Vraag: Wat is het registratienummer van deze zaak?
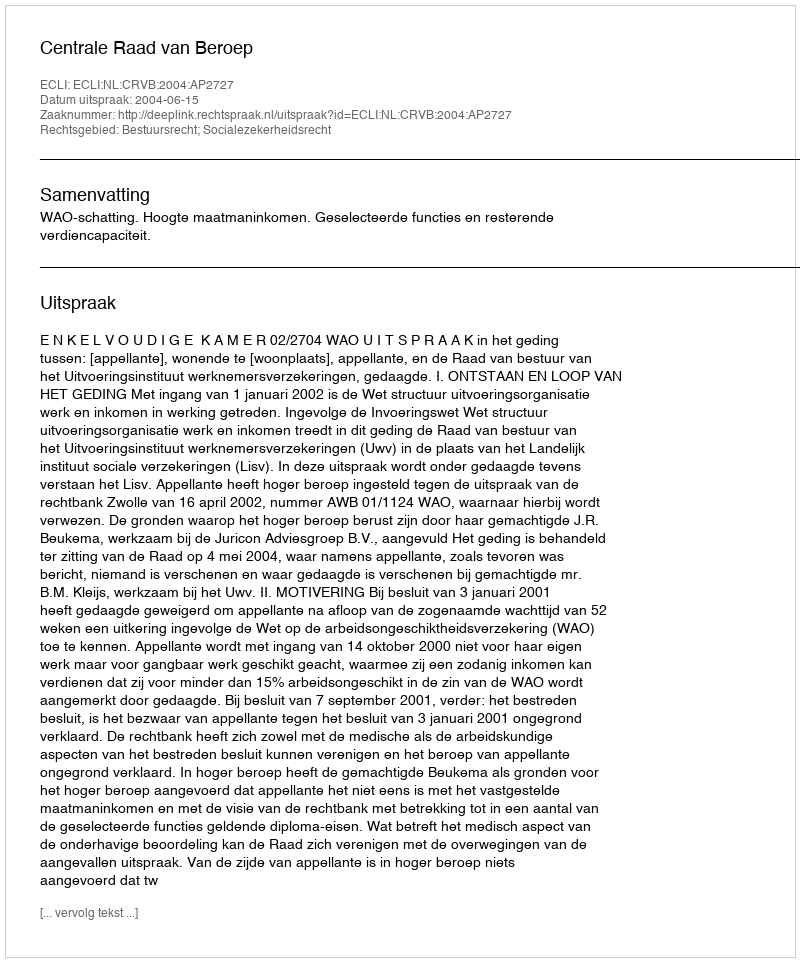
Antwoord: http://deeplink.rechtspraak.nl/uitspraak?id=ECLI:NL:CRVB:2004:AP2727